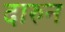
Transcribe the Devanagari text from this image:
दारुन